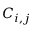
C _ { i , j }